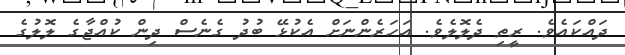
ދައްކައެވެ. ރީތި ދެލޮލެވެ. އަހަރެންނަށް އެކުޅޭ ބުދު ގެނެސް ދިން ކުއްޖާގެ ލޮލުގެ